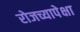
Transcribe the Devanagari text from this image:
रोजच्यापेक्षा